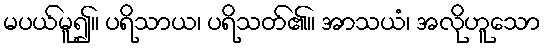
မပယ်မူ၍။ ပရိသာယ၊ ပရိသတ်၏။ အာသယံ၊ အလိုဟူသော